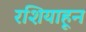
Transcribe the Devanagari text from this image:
रशियाहून